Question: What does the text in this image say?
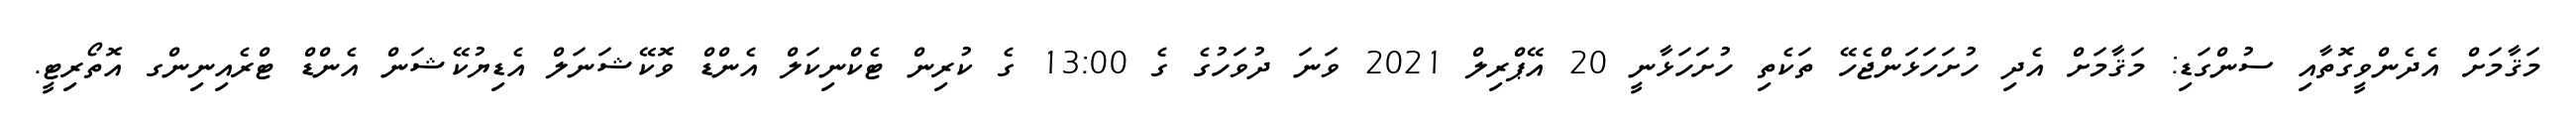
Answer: މަޤާމަށް އެދެންވީގޮތާއި ސުންގަޑި: މަޤާމަށް އެދި ހުށަހަޅަންޖެހޭ ތަކެތި ހުށަހަޅާނީ 20 އޭޕްރިލް 2021 ވަނަ ދުވަހުގެ ގެ 13:00 ގެ ކުރިން ޓެކްނިކަލް އެންޑް ވޮކޭޝަނަލް އެޑިޔުކޭޝަން އެންޑް ޓްރެއިނިންގ އޮތޯރިޓީ.